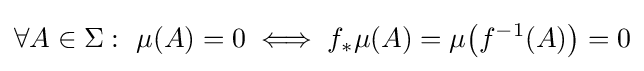
\forall A\in \Sigma :\ \mu (A)=0\iff f_{*}\mu (A)=\mu {\big (}f^{-1}(A){\big )}=0